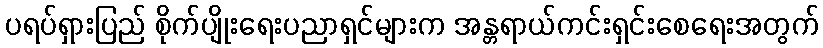
ပရပ်ရှားပြည် စိုက်ပျိုးရေးပညာရှင်များက အန္တရာယ်ကင်းရှင်းစေရေးအတွက်